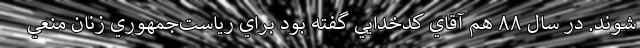
شوند. در سال ۸۸ هم آقاي کدخدايي گفته بود براي رياست‌جمهوري زنان منعي